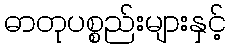
ဓာတုပစ္စည်းများနှင့်